Civil Veterinary Department. United Provinces 1912-22 - 1912-1922
Year: 1912
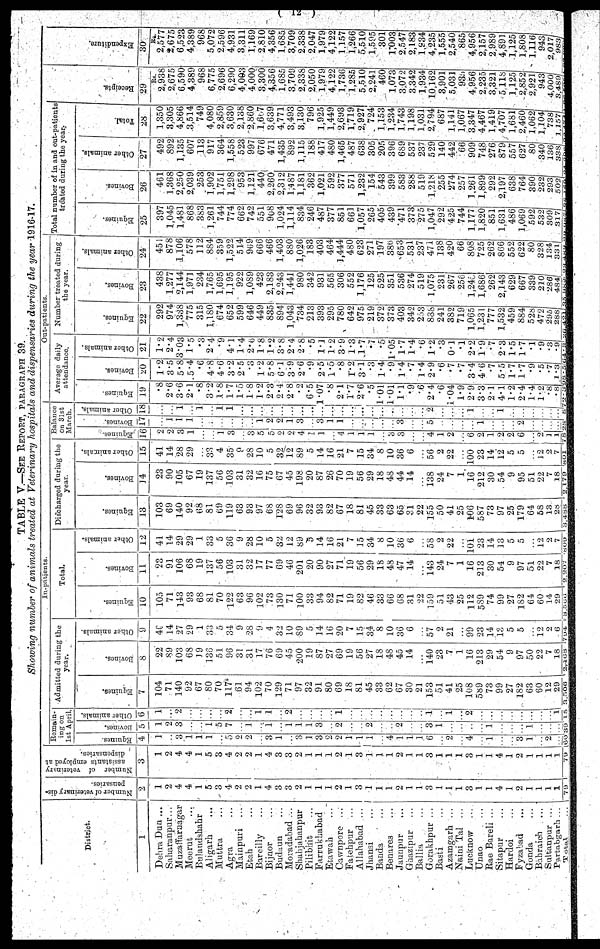
( 12 )
TABLE V.—SEE REPORT, PARAGRAPH 39.
Showing number of animals treated at Veterinary hospitals and dispensaries during the year 1916-17.
District.
1
Dehra Dun ...
Saharanpur...
Muzaffarnagar
Meerut ...
Bulandshahr ...
Aligarh ...
Muttra ...
Agra
Mainpuri ...
Etah ...
Bareilly ...
Bijnor ...
Budaun ...
Moradabad ...
Shahjahanpur
Pilibhit ...
Farrukhabad
Etawah ...
Cawnpore ...
Fatehpur ...
Allahabad ...
Jhansi ...
Banda
...
Benares
...
Jaunpur
...
Gaazipur ...
Ballia ...
Gorakhpur ...
Basti
...
Azamgarh
...
Naini Tal
...
Lucknow ...
Unao
...
Rae Bareli
...
Sitapur
...
Hardoi ...
Fyzabad
...
Gonda
...
Bahraich
...
Sultanpur
...
Partabgarh ...
Total ...
Number of veterinary dis
pensaries.
2
1
2
4
4
1
5
3
4
9
2
1
4
3
3
2
1
1
1
2
1
3
1
1
1
2
1
1
3
1
1
1
3
1
1
4
1
2
1
1
1
1
79
Number of veterinary
assistants employed at
dispensaries.
3
1
2
4
4
1
5
3
4
2
2
1
4
3
3
2
1
1
1
2
1
3
1
1
1
2
1
1
3
1
1
1
3
1
1
4
1
2
1
1
1
1
79
In-patients.
Remain
ing on
1st, April.
Equines.
4
1
...
3
1
1
1
...
5
2
2
3
1
3
1
3
2
2
1
1
1
4
1
1
1
6
2
4
...
1
...
...
1
...
2|
...
60
Bovines.
5
1
2
3
1
5
7
1
1
1
L
1
3
2
2
2
...
3
1
...
...
1
...
...
1
...
i
...
39
Other animals.
6
1
2
...
2
1
1
2
...
1
...
1
1
2
...
...
...
...
...
1
15
Admitted during the
year.
Equines.
7
104
71
140
92
G7
80
70
117
61
94
102
7 0
129
71
97
32
91
80
GO
18
81
45
33
62
G7
30
21
153
51
41
25
108
589
73
99
27
182
63
60
12
29
3,506
Bovines.
8
22
89
103
68
19
136
51
96
31
31
17
76
69
45
200
19
87
27
69
19
56
27
18
48
45
14
140
23
7
1
1G
213
29
54
9
97
50
22
7
18
2,468
Other animals.
9
40
J4
27
29
1
33
0
34
9
28
9
4
32
10
89
5
14
16
20
7
15
34
8
10
36
6
...
57
2
21
99
23
14
13
5
5
... |
12
2
6
794
Equines.
10
105
71
143
93
68
81
70
122
63
96
102
73
130
71
100
33
94
82
71
19
82
46
33
66
68
31
22
159
51
43
25
112
5S9 I
74
99
27
182
64
60
14
29
3,566
Total.
Bovines.
11
23
91
106
68
19
137
56
103
31
32
17
77
69
46
201
20
90
27
71
19
56
29
18
48
47
14
143
24
7
1
16
213
30
54
9
97
51
22
7
18
2,207
Other animals.
12
41
14
29
29
1
33
5
36
9
28
10
5
32
12
89
0
14
16
21
7
15
34
8
10
36
6
58
2
22
101
23
14
13
0
5
12
2
7
809
Dischar
Equines.
13
103
69
140
92
68
81
69
119
63
93
97
68
128
69
96
32
93
82
67
18
81
45
33
63
65
31
22
155
50
41
25
106
587
73
97
25
179
64
5S
13
28
3,488
ged during
year.
Bovines.
14
23
90
105
67
19
137
56
103
31
32
16
75
67
45
198
20
87
26
70
19
56
29
18
48
44
14
138
24
7
1
16
212
30
54
9
95
51
22
7
1.8
2,179
Other animals.
15
41
14
28
29
33
4
35
0
28
10
5
32
12
89
5
14
16
21
7
15
34
8
10
36
6
... i
56
2
22
...
100
23 |
14
12
5
5 |
...
12
2
7
801
Balance
on 31st,
March.
Equines.
16
2
3
1
1
3
3
5
5
2
2
4
1
1
4
1
1
1
3
3
4
1
2
6
2
1
2
2
6
2
1
1
782
Bovines,
17
1
1
1
1
9
2
1
3
1
1
3
...
5
...
...
...
1
...
2
...
...
...
Other animals.
18
...
1
1
1
1
...
...
...
...
...
...
...
...
...
2:
...
. . . i
1
...
...
1
...
...
...
...
Out-patients.
Average daily
attendance.
Equines.
19
.8
2.6
3.6
2.1
.8
3.2
1.8
1.7
1.5
1.8
1.2
2.3
2.4
2.8
. 2
6.5
1.07
.8
2.1
1.7
2.6
5
1.01
1.01
1.1
.9
.6
2.4
.6
1.04
1.9
2.9
3.3
2.1
4.1
1.2
2.4
1.4
1.2
.8
- 8
Bovines.
20
1.2
3.5
5.8
.5.4
.6
4.8
4.6
3.2
2.5
1. 2
5.8
6.1
3.9
2.6
.9
2.5
1.5
.8
1.2
3.1
.3
1.4
.9
1.4
.7
1.4
2.9
.6
.7|
.7
3.4
4.6
.7
5 .5
1.7
1.7
.9
"5
. 7
1.3
Other animals.
21
1.2
2.4
3.03
1.5
*3
2.4
9
4.1
1.4
2.6
1.8
1.2
3.8
2.4
2.8
*5
1.1
1.2
3.9
1.3
1.7
.7
"5
1.05
1.7
1.4
.6
1.2
.3
0.1
.1
2.2
1.9
. 7
2.3
1.5
1.7
.1|
.9
.3
9
Number treated during
the year.
Equines.
22
292
974
1,338
775
315
1,180
674
652
599
646
449
835
894
1,043
734
213
393
295
780
642
975
219
372
373
403
342
253
88b
241
382
719
1,065
1,231
777
1,532
459
884
528
472
295
288
Bovines.
23
438
1,277
2,144
1.971
234
1,765
1,695
1,195
922
1 089
423
2,183
2,243
1,441
980
342
931
565
306
552
1,176
125
525
351
536
274
519
1,075
231
267
256
1,245
1,686
262
2,143
629
667
339
210
286
484
Other animals.
24
45
878
1,106
578
112
884
359
1,522
514
969
666
466
1,403
880
1,026
183
403
464
1,444
480
623
271
197
38b
653
531
237
471
138
420
66!
808
725
262
866
552
622
80
328|
134
33
Total number of in and out-patient
treated during the year-
Equines.
25
397
1,045
1,481
868
383
1,261
744
774
662
742
551
908
1,024
1,114
834
246
487
377
851
661
1,057
265
405
439
471
373
275
1,047
292
425
744
1.177
1,820
851
1,631
486
1,069
592
532
309
317
Bovines.
26
461
1,368
2,250
2,039
253
1,902
1,751
1,298
953
1 121
440
2,260
2,312
1,487
1,181
362
1,021
592
377
571
1,232
154
543
399
583
288
519
1,218
255!
274
257
],26ll
1,899
292
2,197
638
764
390
232
293
502
Other animals.
27
492
S92
1,135
607
113
917
364
1,558
523
997
676
471
1,435
892
1,115
188
417
480
1,465
487
638
305,
205
396
689
537
237
529
140
442;
66
909
748
276
879
557
627
80
340
136
338
Total.
28
1 350
3,305
4,866
3,514
749
4,080
2,859
3,630
2,138
2 860
1,607
3,639
4,771
3,493
3,130
796
1,925
1,449
2,693
1,719
2,927
724
1,153
1,234
1,743
1,198
1,031
2,794
687
1,141
1,067
3,347
4,467
1,419
4,707
1 681
2,460
1,062
1,104
738
1,157
3
Receipts.
29
Rs.
2,938
2,675
6,590
4,389
968
6,775
2,696
6,290
4,093
4,000
3.300
4,356
1,685
3,709
2,338
2,050
1,979
4,122
1,736
1,285
5,-510
2,241
460
1,073
3,072
3,342
1,934
10,162
3,901
5,031
935
4,956
2.235
3,321
5.118
1 125
2,852
2,921
943
4,000
3,489
■
Expenditure.
30
Rs.
2 577
2,675
6,523
4,389
968
5,072
2,596
4,931
3,311
1,169
2,810
4,356
1,685
3,709
2,338
2,047
1,979
4,122
1,157
1,266
5,510
1.595
301
1,003
2,547
2,183
1,834
4,235
1,555
2,540
865
4,956
2,157
2 989
4,891
1,125
1,808
1,116
943
2,017
983